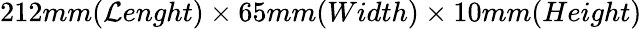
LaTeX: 212mm(\mathcal{L}enght)\times65mm(Width)\times10mm(Height)